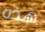
هذه